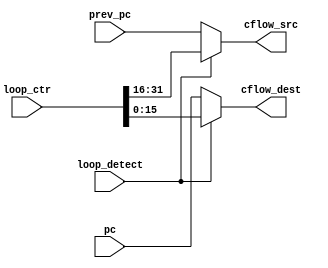
module logger (
    pc,
    prev_pc,
    loop_detect,
    loop_ctr,

    cflow_src,
    cflow_dest
);

input [15:0] pc;
input [15:0] prev_pc;    //src
input        loop_detect;
input [31:0] loop_ctr;
//output  [31:0] loop_loop_ctr;

output  [15:0] cflow_src;
output  [15:0] cflow_dest;

// assign cflow_src  = ({16{loop_detect}} & loop_ctr[31:16]) ^ ({16{~loop_detect}} & prev_pc);
// assign cflow_dest = ({16{loop_detect}} & loop_ctr[15:0]) ^ ({16{~loop_detect}} & pc);

assign cflow_src  = loop_detect ? loop_ctr[31:16] : prev_pc;
assign cflow_dest  = loop_detect ? loop_ctr[15:0] : pc;

endmodule